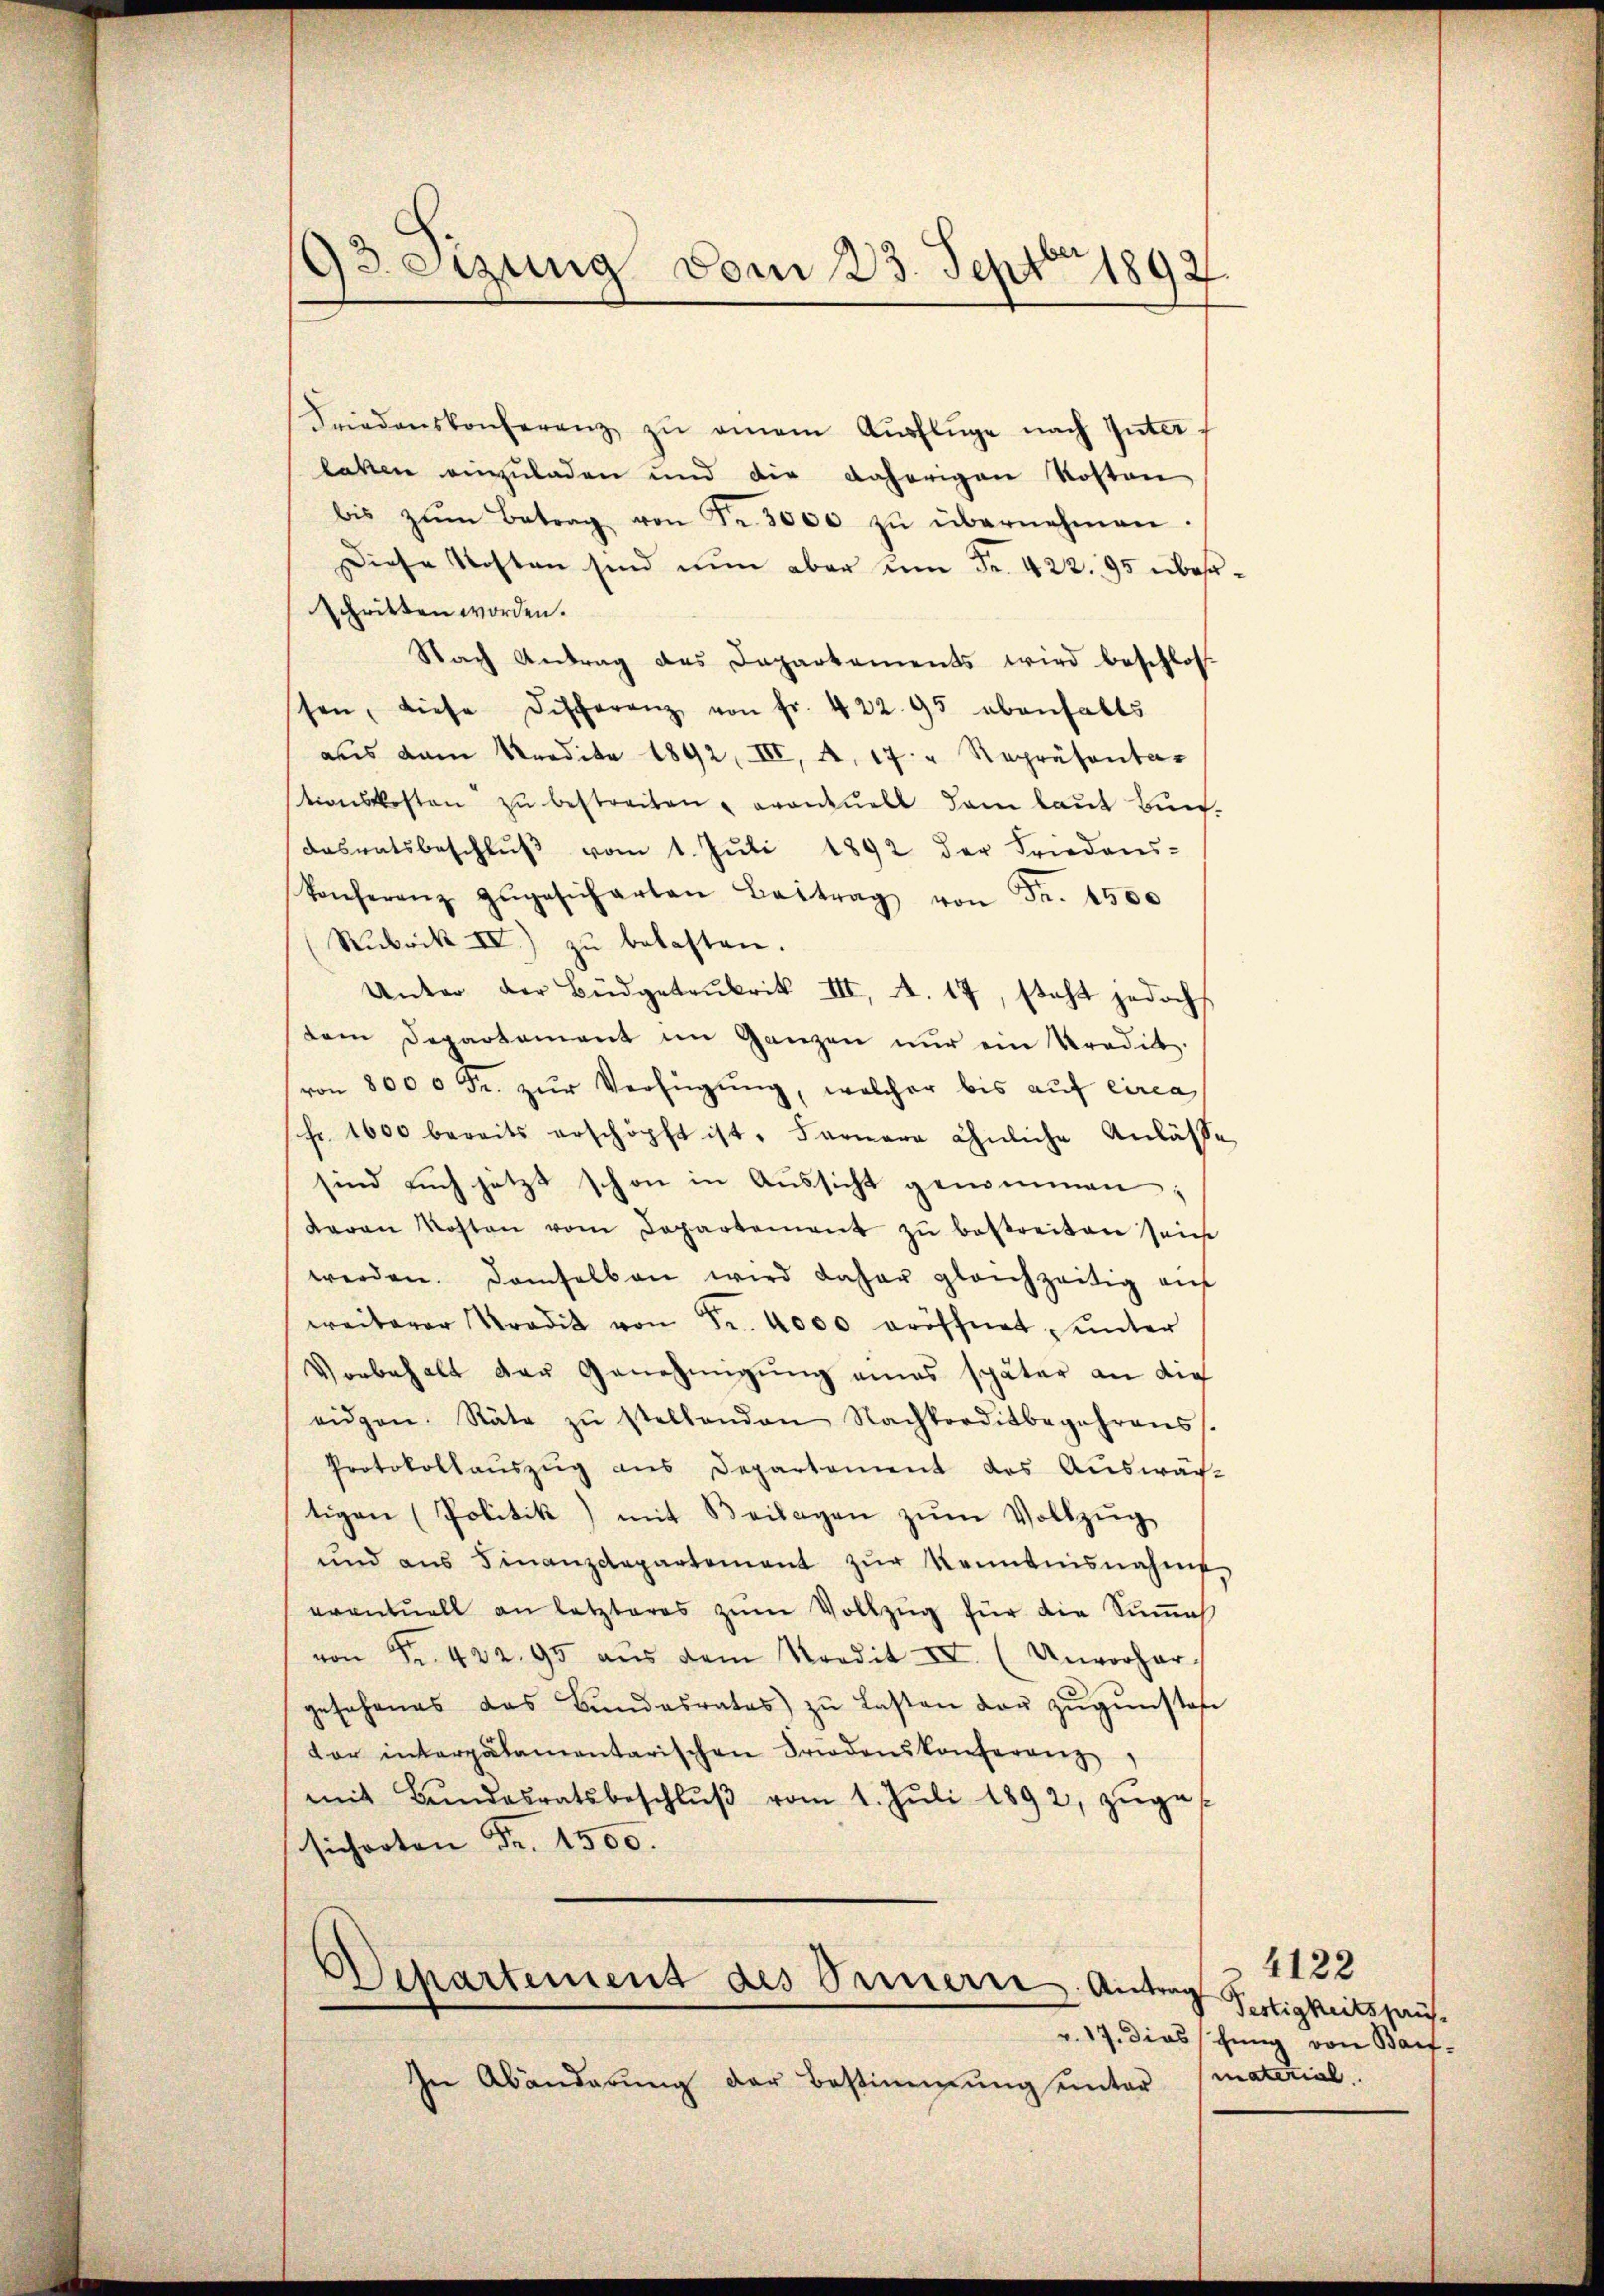
Gsetzung vom 23. Septbr 1892.

Friedenskonferenz zŭ einem Aŭsflüge nach Interlaken einzuladen und die daherigen Kosten
bis zŭm Betrag von Fr. 3000 zŭ übernehmen.
Diese Kosten sind nun aber um Fr. 422. 95 überschritten worden.
Nach Antrag des Dapartements wird beschloss
sen, diese Differenz von fr. 422. 95 ebenhalts
aus dem Kredite 1892, III, A. 17. " Repräsentationskosten zŭ bestreiten, eventuell dam laŭt Bun-
Dasratsbeschlŭβ vom 1. Jŭli 1892 der Friedens-
konferenz zŭgesicharten Beitrag von Fr. 4500
(Rubrik IV) zŭ belasten.
Unter der Büdgetaŭkrik III, A. 17, steht jedoch
tem Departement im Ganzen nŭr ein Kredit.
von 8000 Fr. zŭr Verfügung, welcher bis auf circa
(fr. 1600 bereits erschöpft ist. Fernere ähnliche Anlässe
sind auch jetzt schon in Aŭssicht genommen:
daran Kosten vom Departement zŭ bestreiten seine
werden. Demselben wird daher gleichzeitig auf
weiterer Tradit von Fr. 4000 eröffnet, unter
Vorbehalt der Genehmigung eines später an die
eidgen. Räte zŭ stellenden Nachtorditbegehrens.
Protokollauszug aus Departement des Auswäch-
tigen (Politik) mit Beilagen zŭm Vollzŭg
und aŭs Finanzdepartement zŭr Kenntnisnahme
eventuell an letzteres zŭm Vollzug für die Sumah
von Fr. 422. 95 aŭs dem Nordit III. (Unvorher,
gesehenes das Bŭndesrates zŭ lasten der zŭgŭnstehe
dor interpalamentarischen Friedenskonferenz
mit Bŭndesratsbeschlŭβ vom 1. Jŭli 1892, zŭges
sicherten Fr. 1500.

In Abänderŭng der Bestimmung unter

Departement des Innern Antrag

4122
Testigkeitspaus.
v. 17. Diessung von Baif-
material.